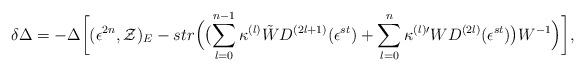
LaTeX: \begin{align*}\delta \Delta =-\Delta \biggl[(\epsilon^{2n},{\cal Z})_{E}-str\Bigl(\bigl(\sum_{l=0}^{n-1}\kappa^{(l)} \tilde{W} D^{(2l+1)}(\epsilon^{st})+\sum_{l=0}^{n}\kappa^{(l) \prime} W D^{(2l)}(\epsilon^{st})\bigr)W^{-1}\Bigr)\biggr],\end{align*}